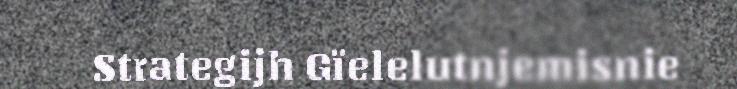
Strategijh Gïelelutnjemisnie